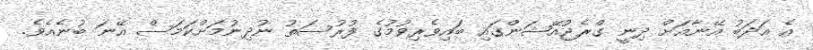
އެ އަދަބު އޭނާއަށް ދިނީ ގްރެޖުއޭޝަންގައި ބައިވެރިވުމުގެ ފުރުސަތު ނުދިނުމަށްކަމަސް އޭނަ ބުނެއެވެ.